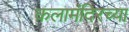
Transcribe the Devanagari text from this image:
कलामंदिरच्या